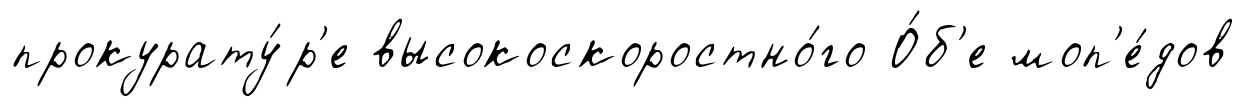
прокурату́р'е высокоскоростно́го О́б'е моп'е́дов